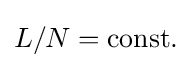
L/N={\text{const.}}